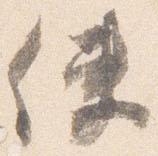
使